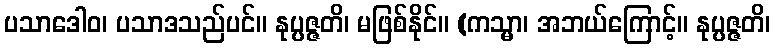
ပသာဒေါဝ၊ ပသာဒသည်ပင်။ နုပ္ပဇ္ဇတိ၊ မဖြစ်နိုင်။ (ကသ္မာ၊ အဘယ်ကြောင့်။ နုပ္ပဇ္ဇတိ၊